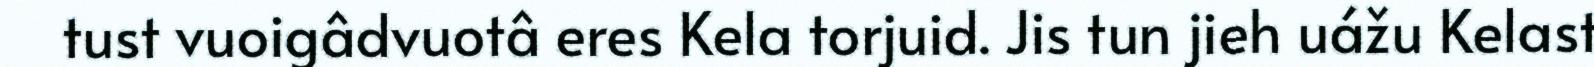
tust vuoigâdvuotâ eres Kela torjuid. Jis tun jieh uážu Kelast